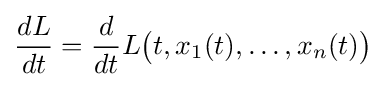
{\frac {dL}{dt}}={\frac {d}{dt}}L{\bigl (}t,x_{1}(t),\ldots ,x_{n}(t){\bigr )}